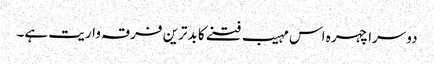
دوسرا چہرہ اس مہیب فتنے کا بدترین فرقہ واریت ہے۔